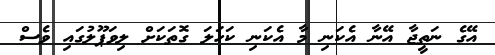
އޭގެ ނަތީޖާ އޭނާ އެކަނި މާ އެކަނި ކަހަލަ ގޮތަކަށް ލިވަޕޫލުގައި ވެސް